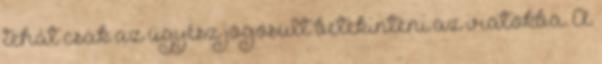
tehát csak az ügyész jogosult betekinteni az iratokba. A